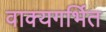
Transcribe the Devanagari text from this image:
वाक्यगर्भित